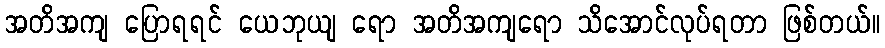
အတိအကျ ပြောရရင် ယေဘုယျ ရော အတိအကျရော သိအောင်လုပ်ရတာ ဖြစ်တယ်။